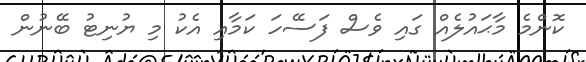
ކޮންމެ މާޙައުލެއް ގައި ވެސް ފަސޭހަ ކަމާއި އެކު މި ޔުނިޓު ބޭނުން